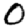
Digit: 0